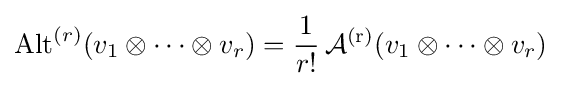
\operatorname {Alt} ^{(r)}(v_{1}\otimes \cdots \otimes v_{r})={\frac {1}{r!}}\operatorname {{\mathcal {A}}^{(r)}} (v_{1}\otimes \cdots \otimes v_{r})